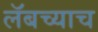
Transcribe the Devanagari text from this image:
लॅबच्याच